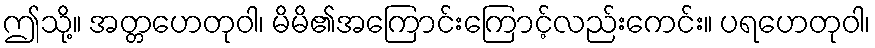
ဤသို့။ အတ္တဟေတုဝါ၊ မိမိ၏အကြောင်းကြောင့်လည်းကေင်း။ ပရဟေတုဝါ၊